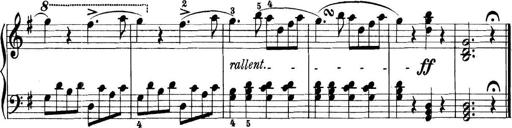
Title: 11 Sonatinas
Composer: Anton Diabelli